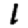
Digit: 1